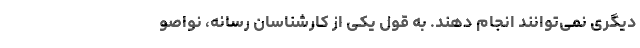
دیگری نمی‌توانند انجام دهند. به قول یكی از كارشناسان رسانه، نواصو